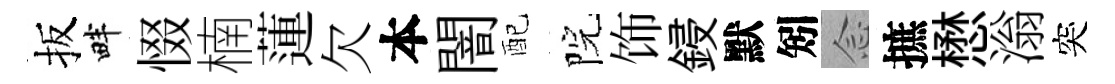
扳畔惙楠蓮欠本闇配院饰鋟默矧𫝹摭懋滃突